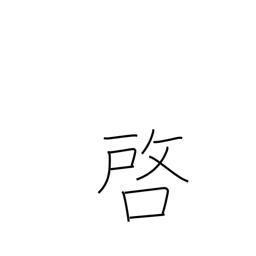
Meaning: disclose